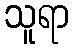
သူရာ